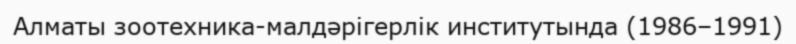
Алматы зоотехника-малдәрігерлік институтында (1986–1991)